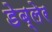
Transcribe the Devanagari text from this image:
डेब्लेर